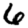
Digit: 6